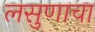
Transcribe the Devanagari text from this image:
लसुणाचा